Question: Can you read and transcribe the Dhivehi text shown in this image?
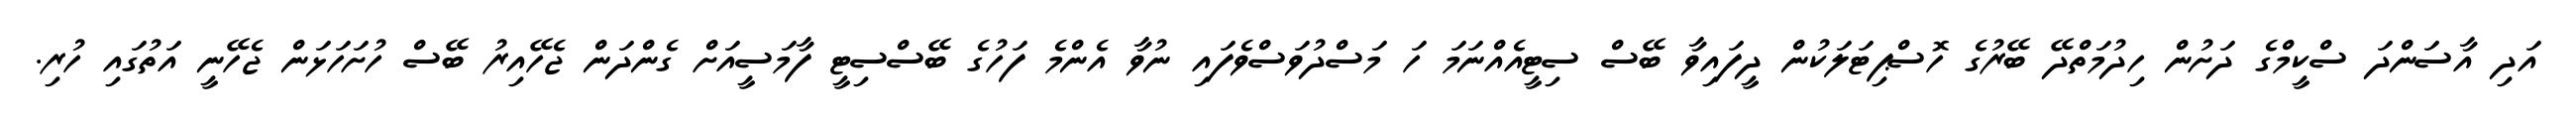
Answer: އަދި އާސަންދަ ސްކީމްގެ ދަށުން ހިދުމަތްދޭ ބޭރުގެ ހޮސްޕިޓަލަކުން ދީފައިވާ ބޭސް ސިޓީއެއްނަމަ ހަ މަސްދުވަސްވެފައި ނުވާ އެންމެ ފަހުގެ ބޭސްސިޓީ ފާމަސީއަށް ގެންދަން ޖެހޭއިރު ބޭސް ހުށަހަޅަން ޖެހޭނީ އަތުގައި ހުރި.